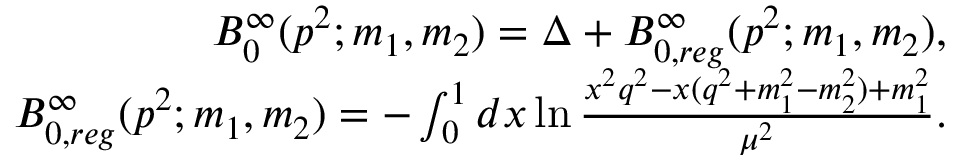
\begin{array} { r l r } & { } & { B _ { 0 } ^ { \infty } ( p ^ { 2 } ; m _ { 1 } , m _ { 2 } ) = \Delta + B _ { 0 , r e g } ^ { \infty } ( p ^ { 2 } ; m _ { 1 } , m _ { 2 } ) , } \\ & { } & { B _ { 0 , r e g } ^ { \infty } ( p ^ { 2 } ; m _ { 1 } , m _ { 2 } ) = - \int _ { 0 } ^ { 1 } d x \ln \frac { x ^ { 2 } q ^ { 2 } - x ( q ^ { 2 } + m _ { 1 } ^ { 2 } - m _ { 2 } ^ { 2 } ) + m _ { 1 } ^ { 2 } } { \mu ^ { 2 } } . } \end{array}